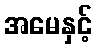
အမေနှင့်